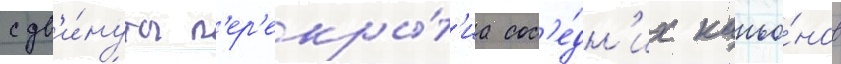
сдв'и́нуты п'ер'екры́т'иа сос'е́дн'их каньо́нов